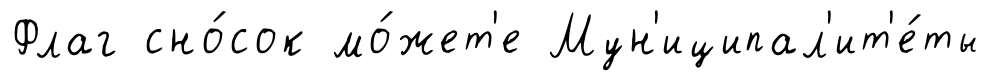
Флаг сно́сок мо́жет'е Мун'иципал'ит'е́ты